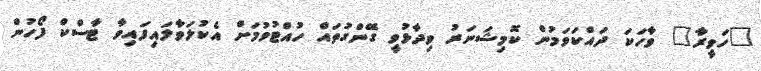
"ހަވީރާ" ވާހަކަ ދައްކަވަމުން ކޮމިޝަނަރު ވިދާޅުވީ ގޭންގުތައް ހުއްޓުވުމަށް އެކުލަވާލައިފައިވާ ޓާސްކް ފޯހުން